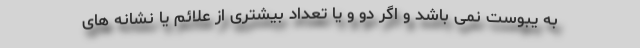
به یبوست نمی باشد و اگر دو و یا تعداد بیشتری از علائم یا نشانه های